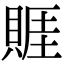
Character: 䝽